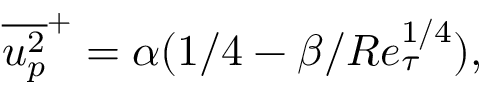
\overline { { u _ { p } ^ { 2 } } } ^ { + } = \alpha ( 1 / 4 - \beta / R e _ { \tau } ^ { 1 / 4 } ) ,